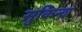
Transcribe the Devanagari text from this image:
सुकिन्दा